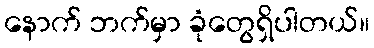
နောက် ဘက်မှာ ခုံတွေရှိပါတယ်။